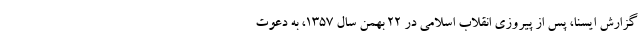
گزارش ایسنا، پس از پیروزی انقلاب اسلامی در ۲۲ بهمن سال ۱۳۵۷، به دعوت